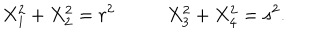
X _ { 1 } ^ { 2 } + X _ { 2 } ^ { 2 } = r ^ { 2 } \; X _ { 3 } ^ { 2 } + X _ { 4 } ^ { 2 } = s ^ { 2 } .